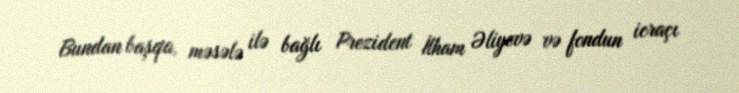
Bundan başqa, məsələ ilə bağlı Prezident İlham Əliyevə və fondun icraçı